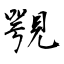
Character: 覨